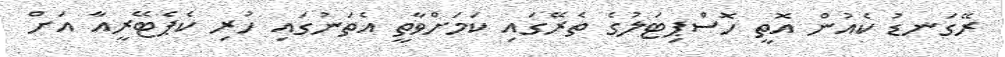
ރޭގަނޑު ކެއުން އޮތީ ހޮސްޕިޓަލުގެ ތެރޭގައި ކަމަށްވާތީ އެތަނުގައި ހުރި ކެޕެޓޭރީއާ އަށް